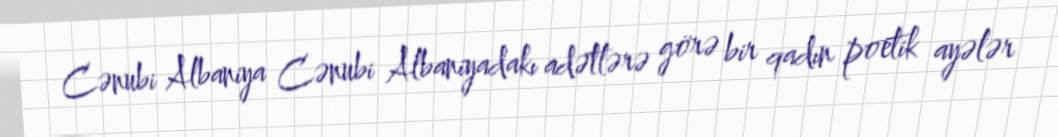
Cənubi Albaniya Cənubi Albaniyadakı adətlərə görə bir qadın poetik ayələr